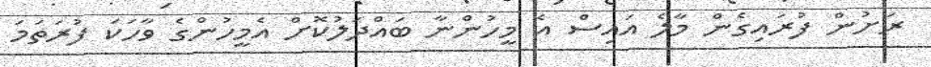
ރަށުން ފުރައިގެން މާލެ އައިސް އެ މީހުންނާ ބައްދަލުކޮށް އެމީހުންގެ ވާހަކަ ފުރަތަމަ